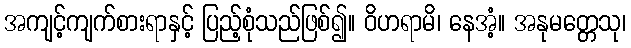
အကျင့်ကျက်စားရာနှင့် ပြည့်စုံသည်ဖြစ်၍။ ဝိဟရာမိ၊ နေအံ့။ အနုမတ္တေသု၊